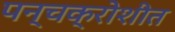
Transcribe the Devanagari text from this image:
पन्चक्रोशीत